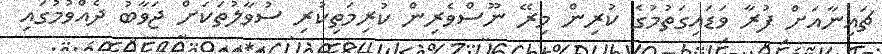
ޗައިނާއަށް ފުރާ ވަޑައިގަތުމުގެ ކުރިން މިރޭ ނޫސްވެރިން ކުރިމަތިކުރި ސުވާލުތަކަށް ޖަވާބު ދެއްވުމުގައި